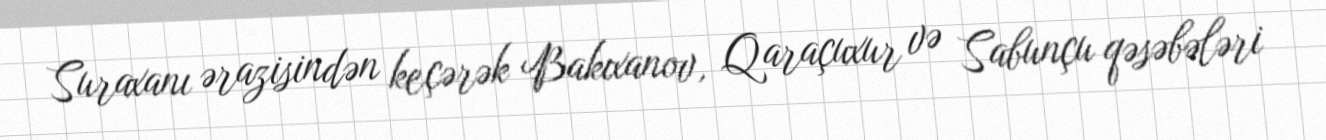
Suraxanı ərazisindən keçərək Bakıxanov, Qaraçuxur və Sabunçu qəsəbələri